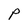
Character: P